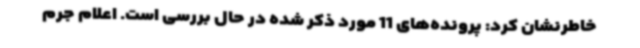
خاطرنشان کرد: پرونده‌های 11 مورد ذکر شده در حال بررسی است. اعلام جرم